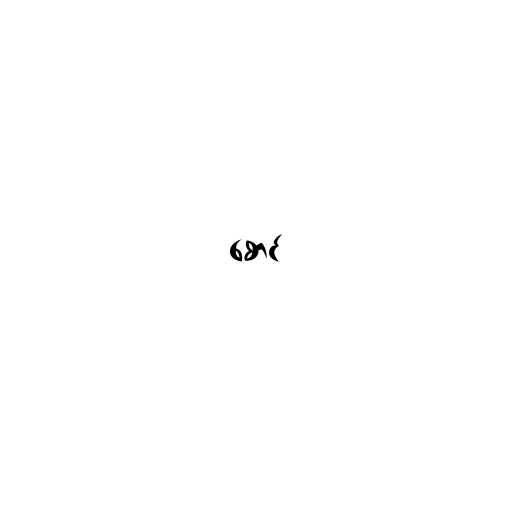
စောင်